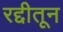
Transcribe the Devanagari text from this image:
रद्दीतून